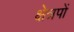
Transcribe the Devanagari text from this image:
क्षेत्रपों